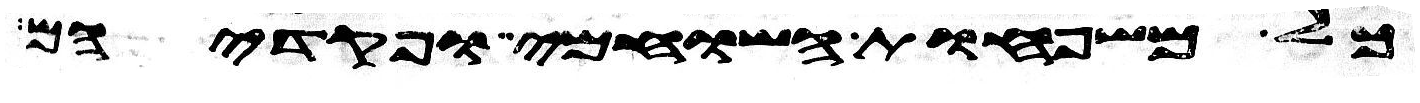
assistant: כל משפחות השוחמי ופקדיהם